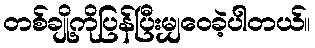
တစ်ချို့ကိုပြန်ပြီးမျှဝေခဲ့ပါတယ်။